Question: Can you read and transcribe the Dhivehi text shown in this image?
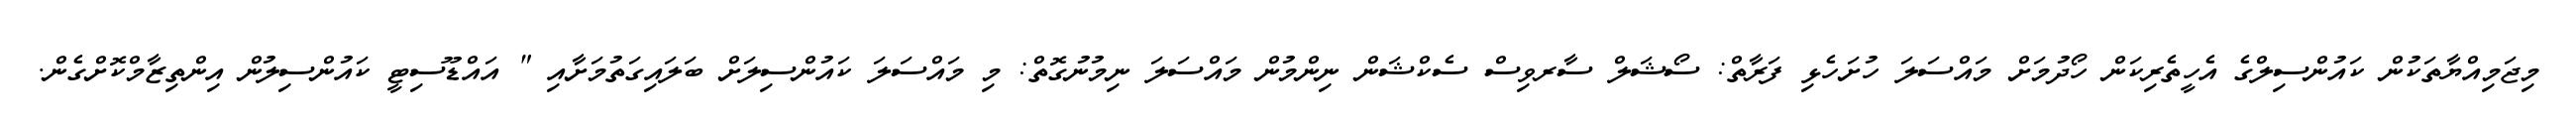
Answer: މިޖަމިއްޔާތަކުން ކައުންސިލްގެ އެހީތެރިކަން ހޯދުމަށް މައްސަލަ ހުށަހެޅި ފަރާތް: ސޯޝަލް ސާރވިސް ސެކްޝަން ނިންމުން މައްސަލަ ނިމުނުގޮތް: މި މައްސަލަ ކައުންސިލަށް ބަލައިގަތުމަށާއި " އައްޑޫސިޓީ ކައުންސިލުން އިންތިޒާމްކޮށްގެން.